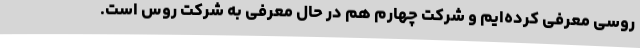
روسی معرفی کرده‌ایم و شرکت چهارم هم در حال معرفی به شرکت روس است.